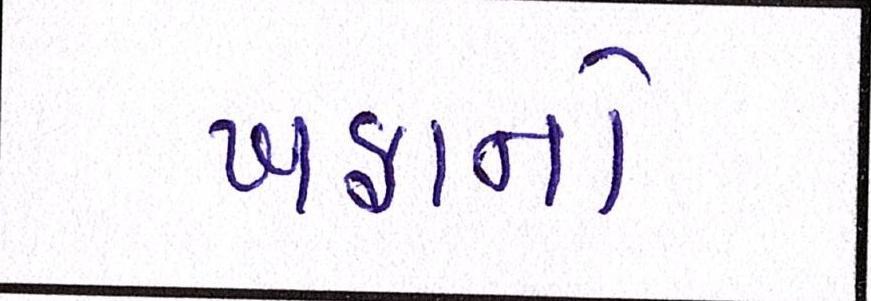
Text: ખફાનો